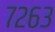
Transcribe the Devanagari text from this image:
७२६३